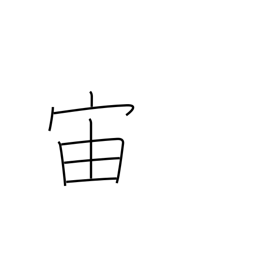
Meaning: interval of time